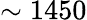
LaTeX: \sim 1450